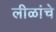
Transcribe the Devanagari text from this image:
लीळांचे